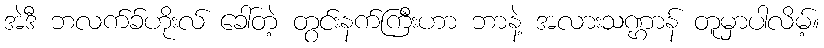
အဲဒီ ဘလက်ခ်ဟိုးလ် ခေါ်တဲ့ တွင်းနက်ကြီးဟာ ဘာနဲ့ အလားသဏ္ဌာန် တူမှာပါလိမ့်။